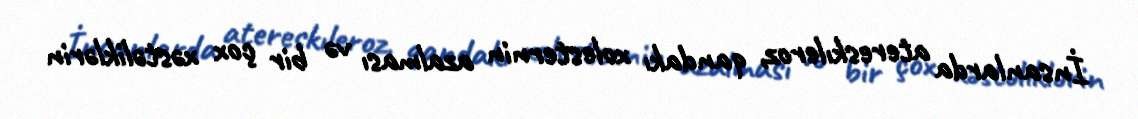
İnsanlarda atereskıleroz, qandakı xolesternin azalması və bir çox xəstəliklərin